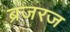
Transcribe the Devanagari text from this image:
ब्रजरज